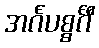
အင်္ဂပစ္စင်္ဂီ